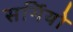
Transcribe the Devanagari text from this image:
सर्गियो